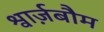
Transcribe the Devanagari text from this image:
श्वार्ज़बौम